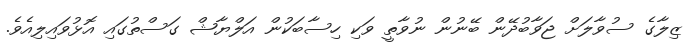
ޒިލާގެ ސުވާލަށް ޖަވާބުދޭން ބޭނުން ނުވާތީ ވަކި ހިސާބަކުން އަލްޔާޝް ގަސްތުގައި އޮޅުވައިލިއެވެ.